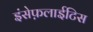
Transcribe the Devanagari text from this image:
इंसेफ़लाईटिस